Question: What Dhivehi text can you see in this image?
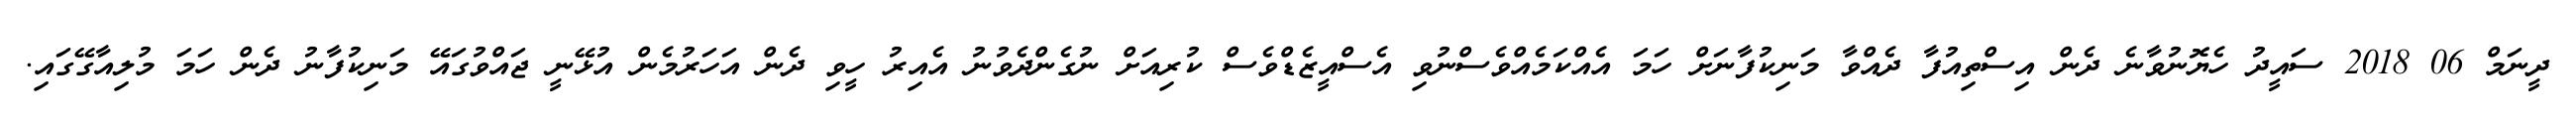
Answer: ދީނަމް 06 2018 ސައީދު ހެޔޮނުވާނެ ދެން އިސްތިއުފާ ދެއްވާ މަނިކުފާނަށް ހަމަ އެއްކަމެއްވެސްނުވި އެސްއީޒެޑްވެސް ކުރިއަށް ނުގެންދެވުނު އެއިރު ހީވި ދެން އަހަރުމެން އުޅޭނީ ޖައްވުގައޭ މަނިކުފާނު ދެން ހަމަ މުލިއާގޭގައި.